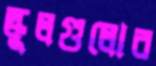
স্কুলগুলোর